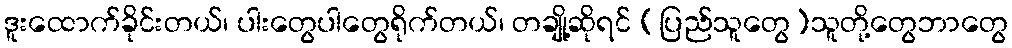
ဒူးထောက်ခိုင်းတယ်၊ ပါးတွေပါတွေရိုက်တယ်၊ တချို့ဆိုရင် (ပြည်သူတွေ)သူတို့တွေဘာတွေ